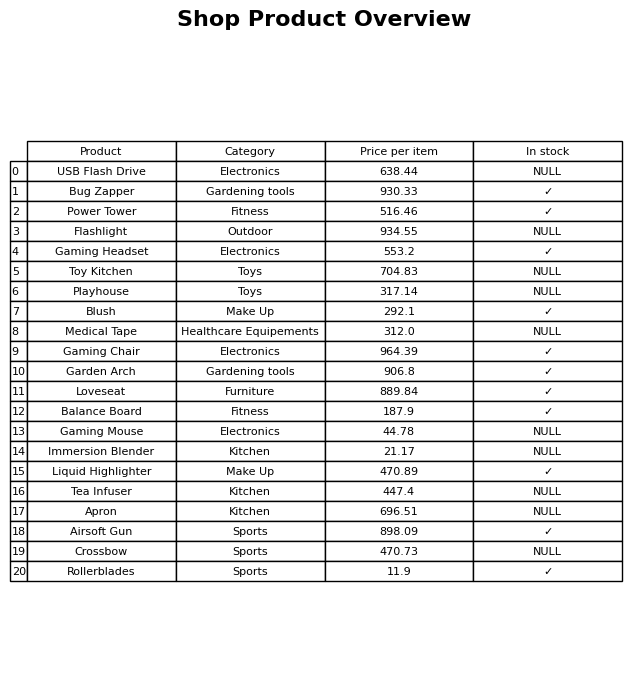
question: What is the price for Gaming Chair?
answer: The price of Gaming Chair is 964.39.